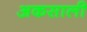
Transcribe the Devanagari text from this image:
अकसाली